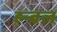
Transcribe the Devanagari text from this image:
हन्बल